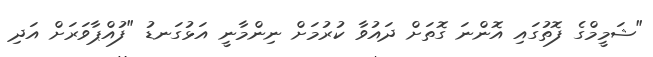
"ޝަމީމްގެ ފޮތުގައި އޮންނަ ގޮތަށް ދައުވާ ކުރުމަށް ނިންމާނީ އަޅުގަނޑު "ފުއްޕާވަރަށް އަދި